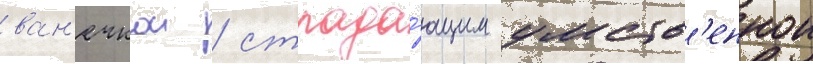
ван'ечкои / страда́ющим умств'еннои